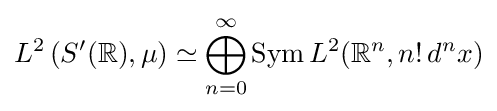
L^{2}\left(S'(\mathbb {R} ),\mu \right)\simeq \bigoplus \limits _{n=0}^{\infty }\operatorname {Sym} L^{2}(\mathbb {R} ^{n},n!\,d^{n}x)